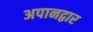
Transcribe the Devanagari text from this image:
अपानद्वार